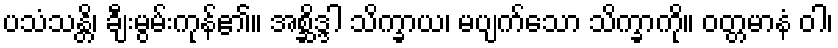
ပသံသန္တိ၊ ချီးမွမ်းကုန်၏။ အစ္ဆိဒ္ဒါ သိက္ခာယ၊ မပျက်သော သိက္ခာကို။ ဝတ္တမာနံ ဝါ၊